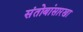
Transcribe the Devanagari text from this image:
संतोबांसारखा